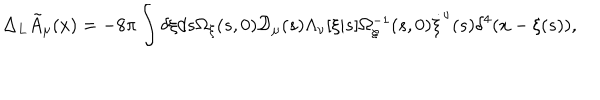
\Delta _ { L } { \tilde { A } } _ { \mu } ( x ) = - 8 \pi \int \delta \xi d s \Omega _ { \xi } ( s , 0 ) { \cal D } _ { \mu } ( s ) \Lambda _ { \nu } [ \xi | s ] \Omega _ { \xi } ^ { - 1 } ( s , 0 ) \dot { \xi } ^ { \nu } ( s ) \delta ^ { 4 } ( x - \xi ( s ) ) ,